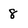
Character: 8